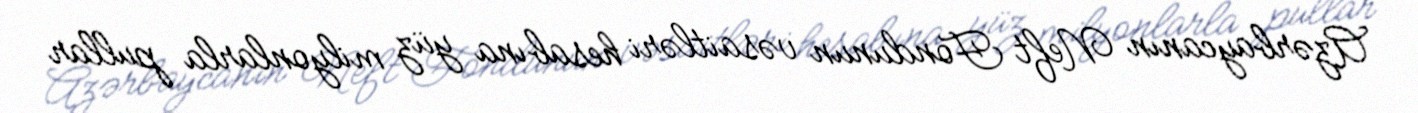
Azərbaycanın Neft Fondunun vəsaitləri hesabına yüz milyonlarla pullar